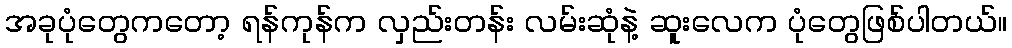
အခုပုံတွေကတော့ ရန်ကုန်က လှည်းတန်း လမ်းဆုံနဲ့ ဆူးလေက ပုံတွေဖြစ်ပါတယ်။